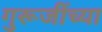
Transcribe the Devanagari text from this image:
गुरूजींच्या